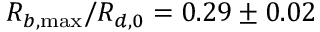
R _ { b , \operatorname* { m a x } } / R _ { d , 0 } = 0 . 2 9 \pm 0 . 0 2